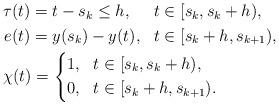
LaTeX: \begin{align*}\begin{aligned}&\begin{aligned}\tau(t)&=t-s_k\leq h, &&t\in[s_k,s_k+h),\\e(t)&=y(s_k)-y(t), &&t\in[s_k+h,s_{k+1}),\end{aligned}\\&\chi(t)=\left\{\begin{aligned}&1,&&t\in[s_k,s_k+h), \\&0,&&t\in[s_k+h,s_{k+1}).\end{aligned}\right.\end{aligned}\end{align*}